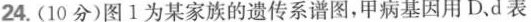
24.(10分)图1为某家族的遗传系谱图，甲病基因用D.d表